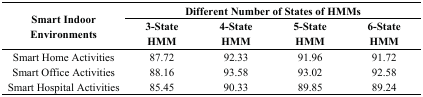
| <ROWSPAN=3> Smart Indoor Environments | <COLSPAN=4> Different Number of States of HMMs |
 | 3-State HMM | 4-State HMM | 5-State HMM | 6-State HMM |
 | --- | --- | --- | --- | --- |
 | Smart Home Activities | 87.72 | 92.33 | 91.96 | 91.72 |
 | Smart Office Activities | 88.16 | 93.58 | 93.02 | 92.58 |
 | Smart Hospital Activities | 85.45 | 90.33 | 89.85 | 89.24 |